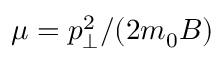
\mu = p _ { \perp } ^ { 2 } / ( 2 m _ { 0 } B )